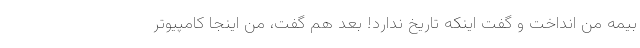
بیمه من انداخت و گفت اینکه تاریخ ندارد! بعد هم گفت، من اینجا کامپیوتر